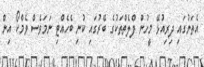
އެތަނުގައި ދިރިއުޅޭ މީހުން ފްލެތްތަކުގެ ބޭރުގައި ކުނި ބެހެއްޓި ނަމަވެސް ވެމްކޯ އިން